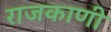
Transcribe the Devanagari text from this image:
राजकाणी